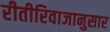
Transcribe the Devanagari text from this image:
रीतीरिवाजानुसार